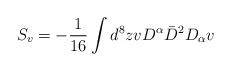
LaTeX: \begin{align*}S_v=-\frac{1}{16}\int d^8 z v D^{\alpha}\bar{D}^2 D_{\alpha}v\end{align*}